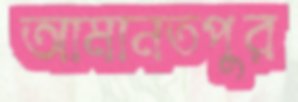
আমানতপুর